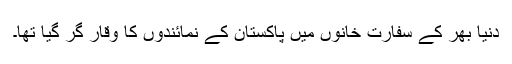
دنیا بھر کے سفارت خانوں میں پاکستان کے نمائندوں کا وقار گر گیا تھا۔